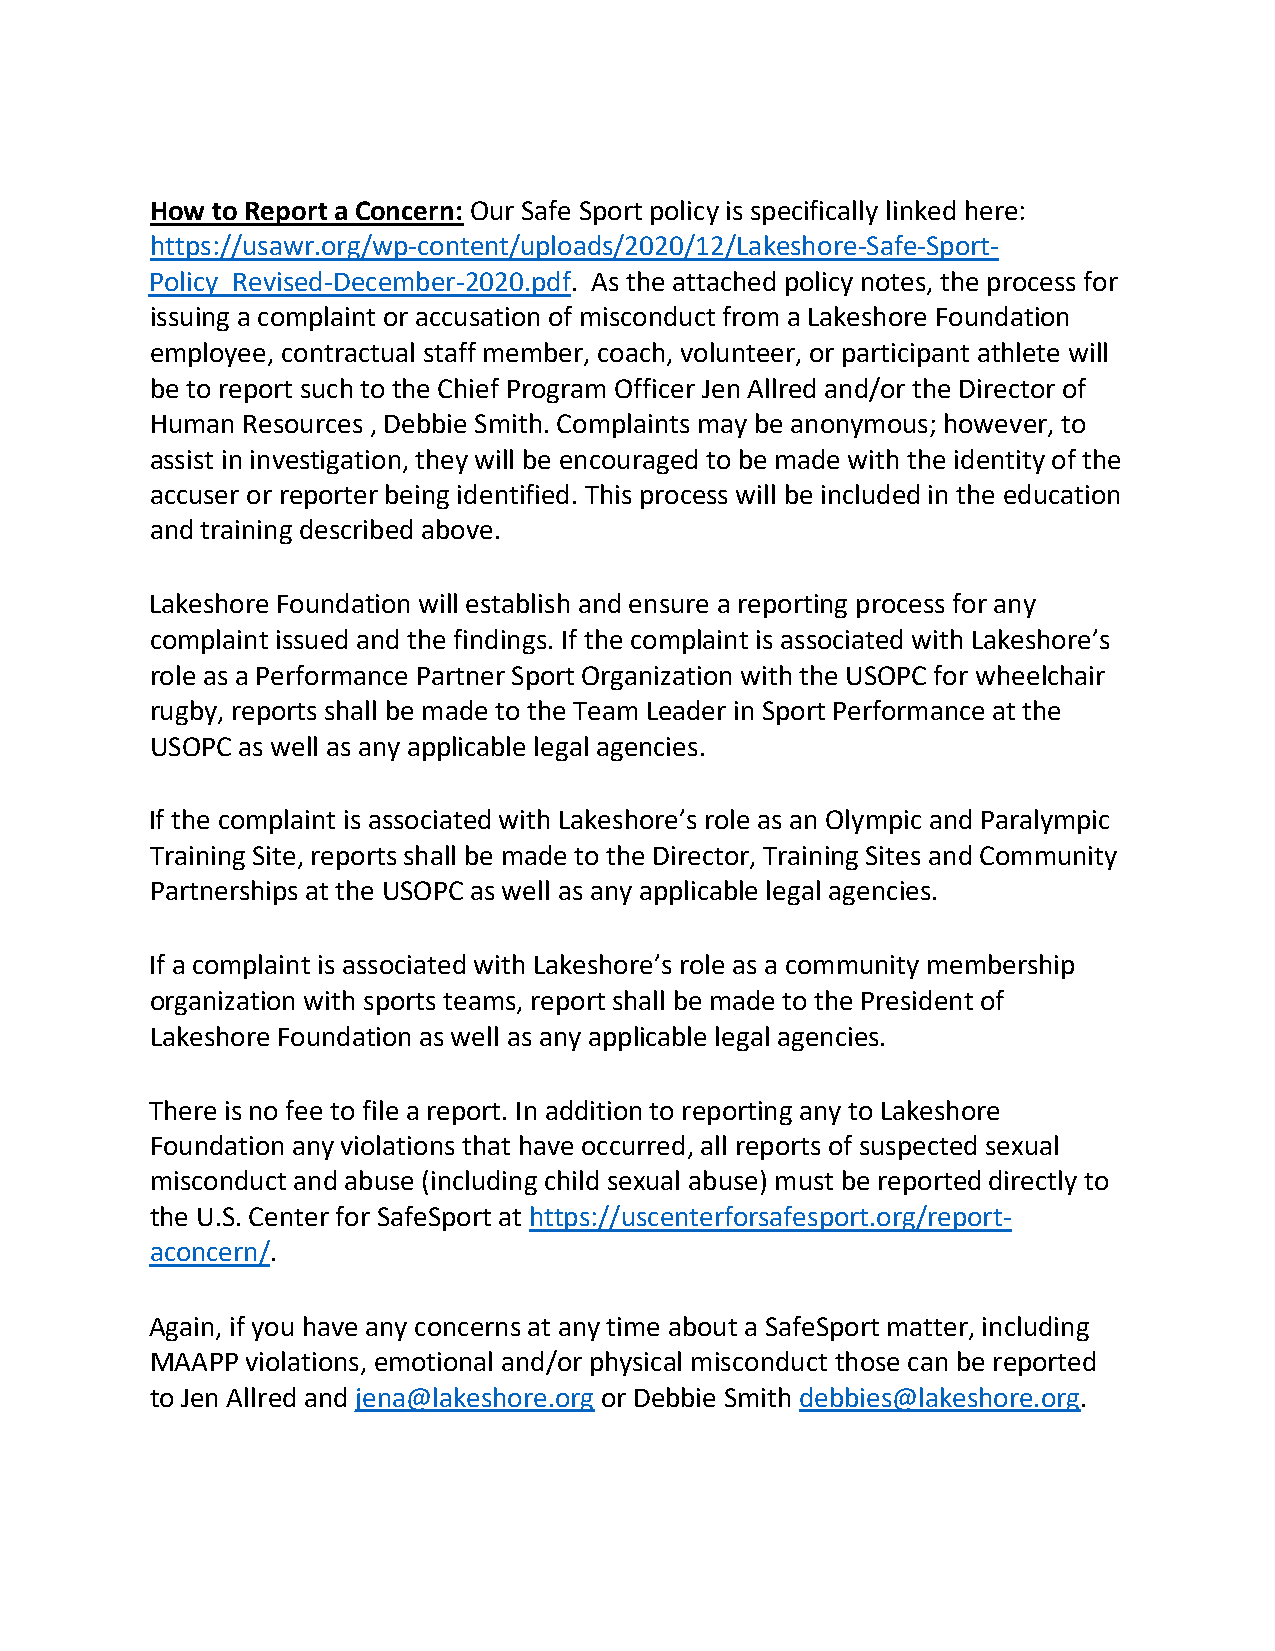
How to Report a Concern: Our Safe Sport policy is specifically linked here:
 https://usawr.org/wp-content/uploads/2020/12/Lakeshore-Safe-Sport-
 Policy_Revised-December-2020.pdf. As the attached policy notes, the process for
 issuing a complaint or accusation of misconduct from a Lakeshore Foundation
 employee, contractual staff member, coach, volunteer, or participant athlete will
 be to report such to the Chief Program Officer Jen Allred and/or the Director of
 Human Resources , Debbie Smith. Complaints may be anonymous; however, to
 assist in investigation, they will be encouraged to be made with the identity of the
 accuser or reporter being identified. This process will be included in the education
 and training described above.
 Lakeshore Foundation will establish and ensure a reporting process for any
 complaint issued and the findings. If the complaint is associated with Lakeshore’s
 role as a Performance Partner Sport Organization with the USOPC for wheelchair
 rugby, reports shall be made to the Team Leader in Sport Performance at the
 USOPC as well as any applicable legal agencies.
 If the complaint is associated with Lakeshore’s role as an Olympic and Paralympic
 Training Site, reports shall be made to the Director, Training Sites and Community
 Partnerships at the USOPC as well as any applicable legal agencies.
 If a complaint is associated with Lakeshore’s role as a community membership
 organization with sports teams, report shall be made to the President of
 Lakeshore Foundation as well as any applicable legal agencies.
 There is no fee to file a report. In addition to reporting any to Lakeshore
 Foundation any violations that have occurred, all reports of suspected sexual
 misconduct and abuse (including child sexual abuse) must be reported directly to
 the U.S. Center for SafeSport at https://uscenterforsafesport.org/report-
 aconcern/.
 Again, if you have any concerns at any time about a SafeSport matter, including
 MAAPP violations, emotional and/or physical misconduct those can be reported
 to Jen Allred and jena@lakeshore.org or Debbie Smith debbies@lakeshore.org.